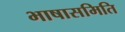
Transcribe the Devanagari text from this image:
भाषासमिति